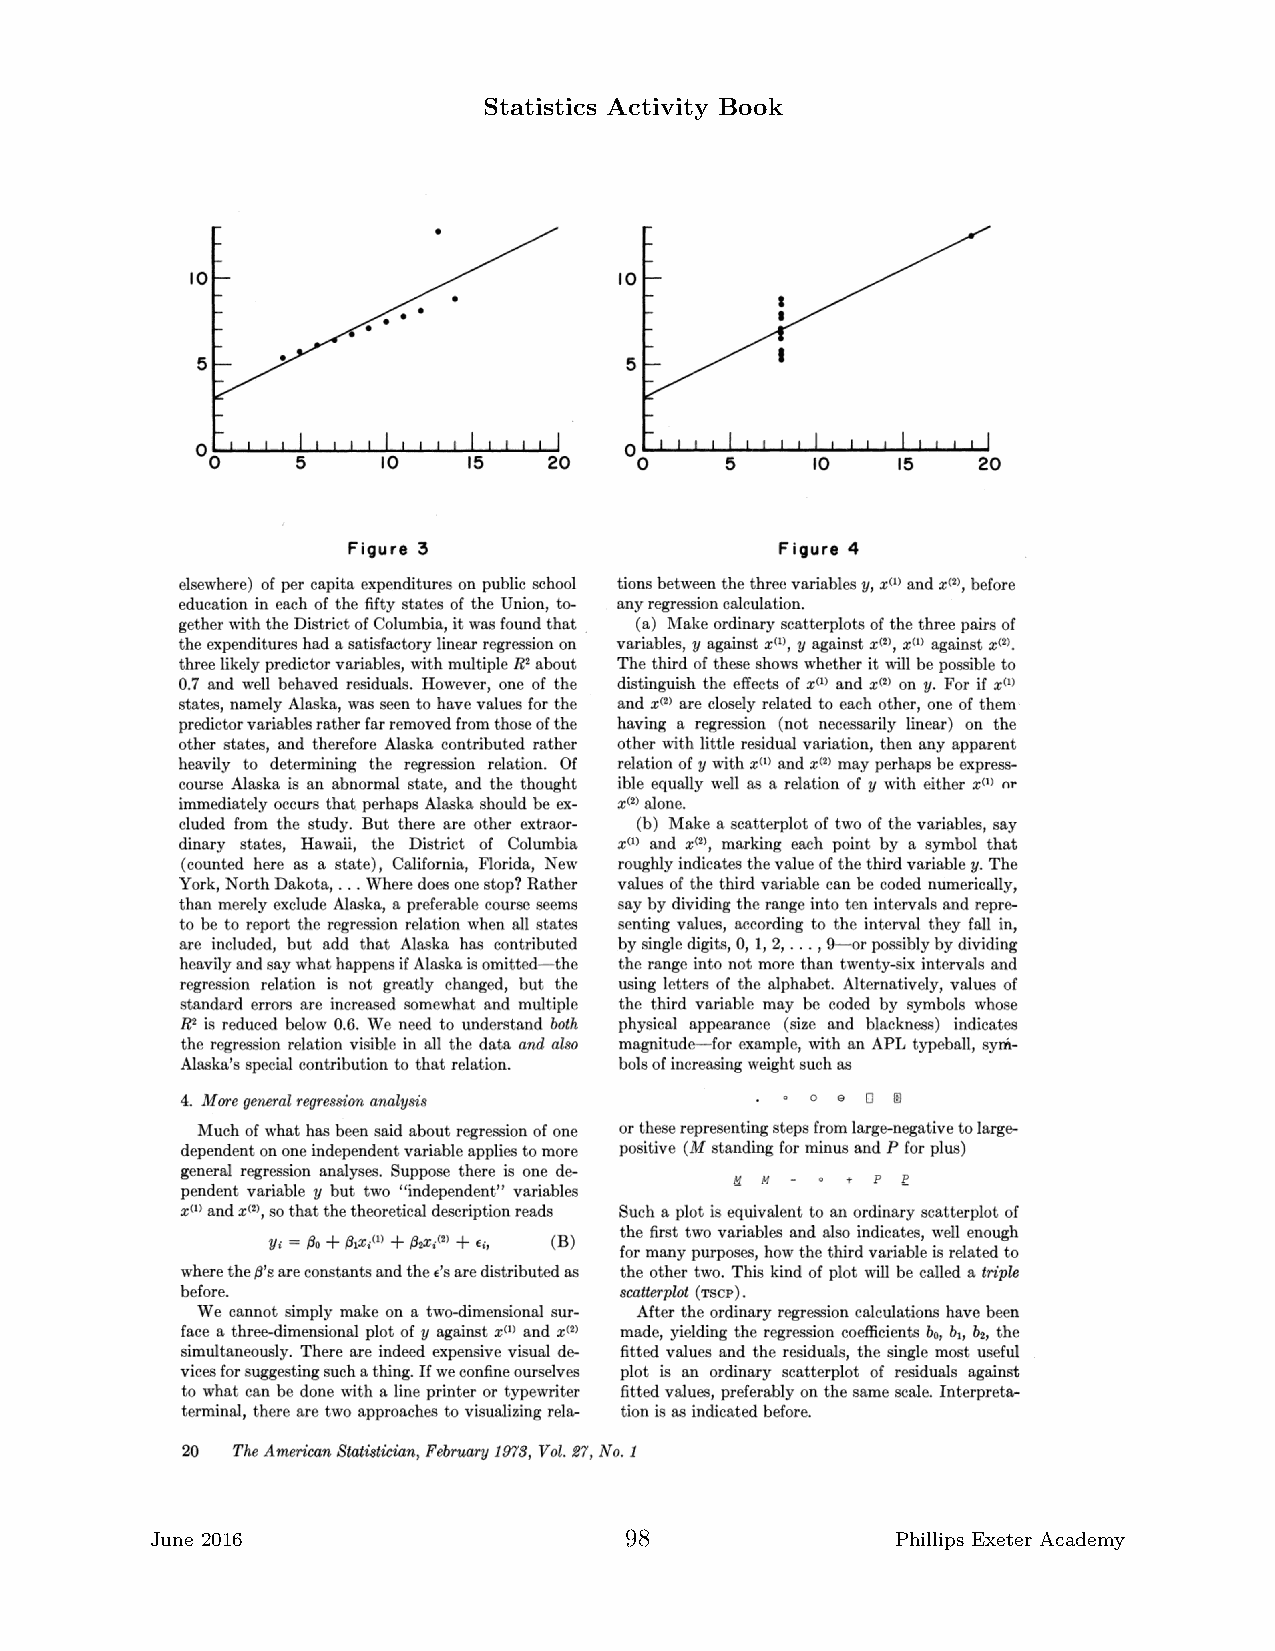
Statistics Activity Book
 June 2016                      98                Phillips Exeter Academy